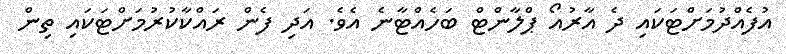
އުފެއްދުމަށްޓަކައި ދެ އާރުއޯ ޕްލާންޓް ބަހެއްޓާނެ އެވެ. އަދި ފެން ރައްކާކުރުމަށްޓަކައި ތިން